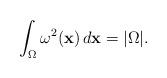
LaTeX: \begin{align*}\int _\Omega \omega ^2(\mathbf{x})\,d\mathbf{x}=\vert \Omega \vert .\end{align*}